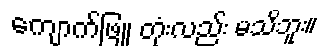
ကျောက်ဖြူ တုံးလည်း မသိဘူး။